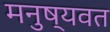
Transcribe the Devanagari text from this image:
मनुष्यवत